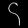
Digit: ၄